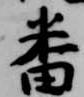
番